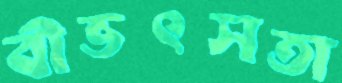
বীভৎসতা